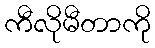
ကီလိုမီတာကို